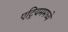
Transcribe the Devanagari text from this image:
एट्रियममध्ये